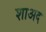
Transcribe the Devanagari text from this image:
शाअद